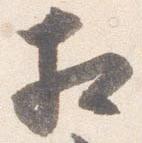
相